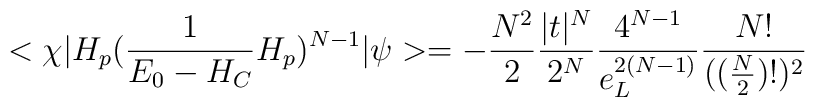
<\chi|H_{p}(\frac{1}{E_{0}-H_{C}}H_{p})^{N-1}|\psi>=-\frac{N^{2}}{2}\frac{|t|^{N}}{2^{N}}\frac{4^{N-1}}{e_{L}^{2(N-1)}}\frac{N!}{((\frac{N}{2})!)^{2}}